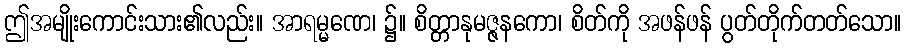
ဤအမျိုးကောင်းသား၏လည်း။ အာရမ္မဏေ၊ ၌။ စိတ္တာနုမဇ္ဇနကော၊ စိတ်ကို အဖန်ဖန် ပွတ်တိုက်တတ်သော။